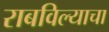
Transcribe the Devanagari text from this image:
राबविल्याचा